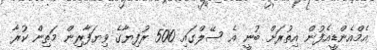
އެމްއެންޑީއެފުން އިތުރަށް ބުނީ އެ ސޭލްގައި 500 ރުފިޔާގެ ވިޔަފާރިން މަތިން ކުރާ